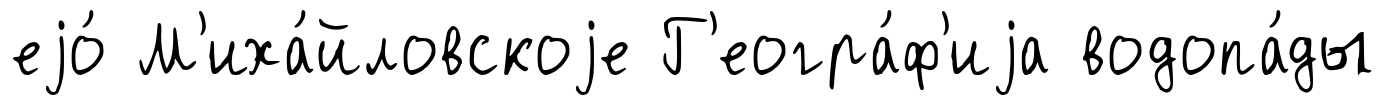
еjо́ М'иха́йловскоjе Г'еогра́ф'иjа водопа́ды